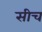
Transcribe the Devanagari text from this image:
सीच